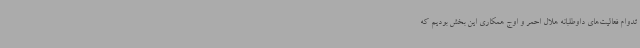
تدوام فعالیت‌های داوطلبانه هلال احمر و اوج همکاری این بخش بودیم که